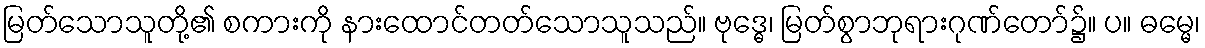
မြတ်သောသူတို့၏ စကားကို နားထောင်တတ်သောသူသည်။ ဗုဒ္ဓေ၊ မြတ်စွာဘုရားဂုဏ်တော်၌။ ပ။ ဓမ္မေ၊